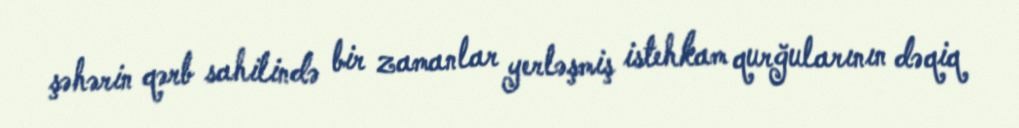
şəhərin qərb sahilində bir zamanlar yerləşmiş istehkam qurğularının dəqiq